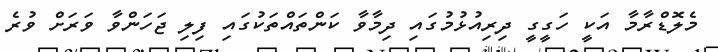
މެލޮޑްރާމާ އަކީ ހަގީގީ ދިރިއުޅުމުގައި ދިމާވާ ކަންތައްތަކުގައި ފިލި ޖަހަންވާ ވަރަށް ވުރެ